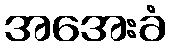
အအေးခံ